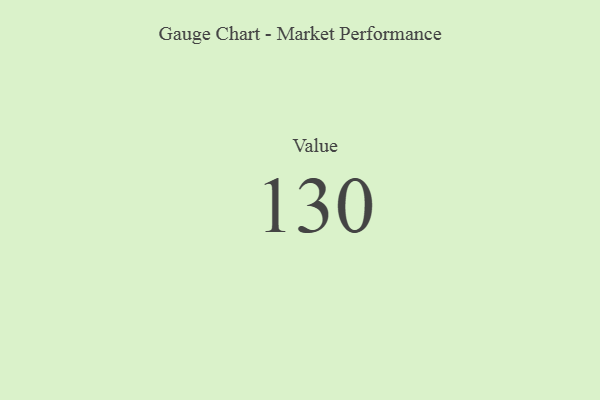
{"axis": {"x": "Metric", "y": "Value"}, "legend": [""], "data": [{"x": "Value", "y": 130, "type": ""}]}